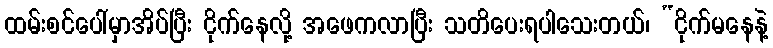
ထမ်းစင်ပေါ်မှာအိပ်ပြီး ငိုက်နေလို့ အဖေကလာပြီး သတိပေးရပါသေးတယ်၊ “ငိုက်မနေနဲ့